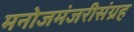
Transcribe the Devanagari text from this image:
मनोजमंजरीसंग्रह